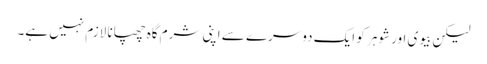
لیکن بیوی اور شوہر کو ایک دوسرے سے اپنی شرم گاہ چھپانا لازم نہیں ہے۔